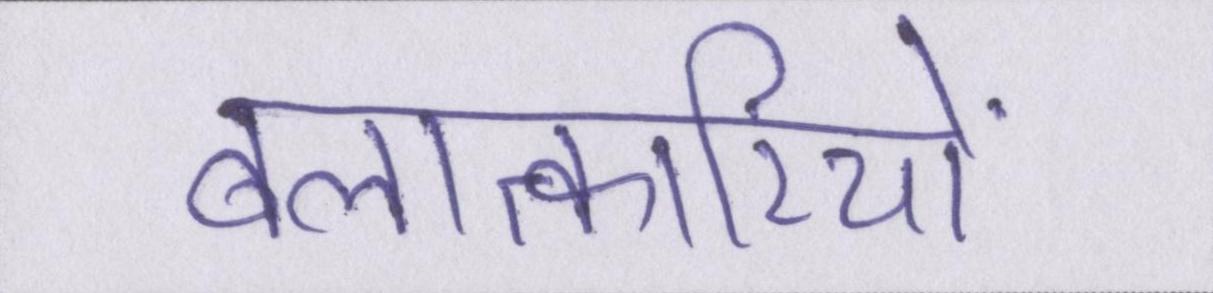
बलात्कारियों